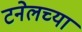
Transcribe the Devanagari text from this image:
टनेलच्या